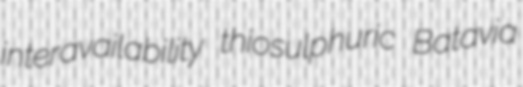
interavailability thiosulphuric Batavia